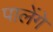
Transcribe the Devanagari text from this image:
पालेंगे